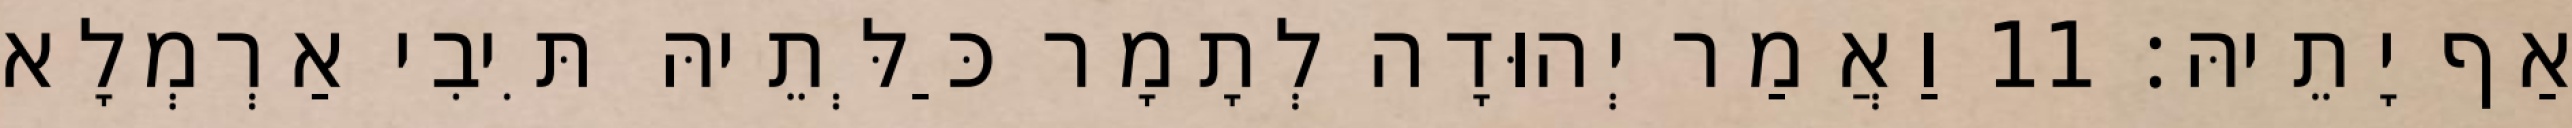
אַף יָתֵיהּ׃ 11 וַאֲמַר יְהוּדָה לְתָמָר כַּלְּתֵיהּ תִּיבִי אַרְמְלָא